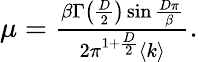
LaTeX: \begin{array}{r}{\mu=\frac{\beta\Gamma\left(\frac{D}{2}\right)\sin\frac{D\pi}{\beta}}{2\pi^{1+\frac{D}{2}}\left<k\right>}.}\end{array}